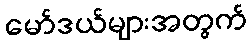
မော်ဒယ်များအတွက်